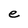
Character: e